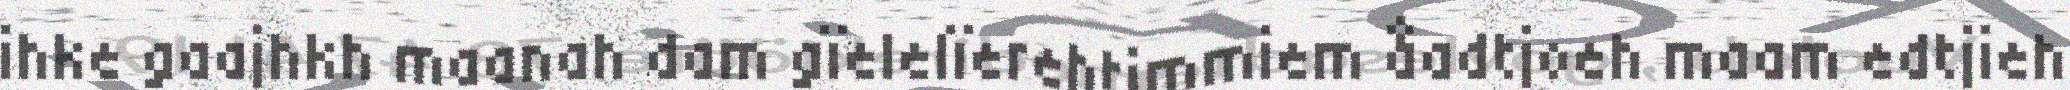
ihke gaajhkh maanah dam gïelelïerehtimmiem åadtjoeh maam edtjieh